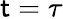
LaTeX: \mathsf{t}=\tau